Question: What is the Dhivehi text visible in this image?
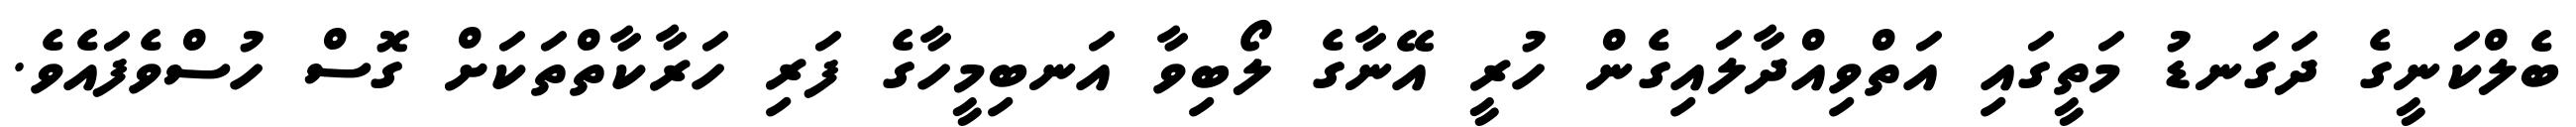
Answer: ބެލްކަނީގެ ދަގަނޑު މަތީގައި އަތްވިއްދާލައިގެން ހުރީ އޭނާގެ ލޯބިވާ އަނބިމީހާގެ ފަރި ހަރާކާތްތަކަށް ގޮސް ހުސްވެފައެވެ.